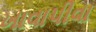
ખાવાપીવા